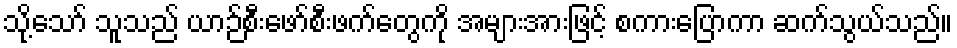
သို့သော် သူသည် ယာဉ်စီးဖော်စီးဖက်တွေကို အများအားဖြင့် စကားပြောကာ ဆက်သွယ်သည်။